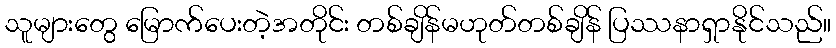
သူများတွေ မြောက်ပေးတဲ့အတိုင်း တစ်ချိန်မဟုတ်တစ်ချိန် ပြဿနာရှာနိုင်သည်။